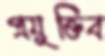
প্রযুক্তিব